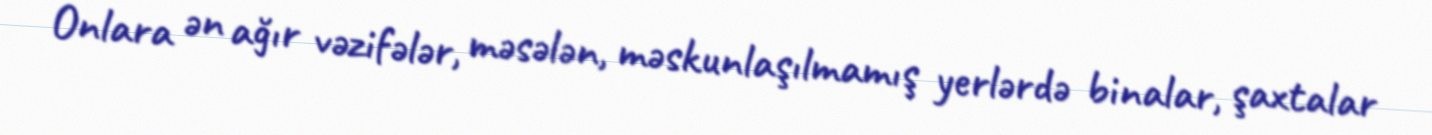
Onlara ən ağır vəzifələr, məsələn, məskunlaşılmamış yerlərdə binalar, şaxtalar